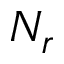
N _ { r }